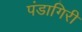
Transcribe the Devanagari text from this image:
पंडागिरी